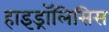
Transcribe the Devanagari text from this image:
हाइड्रॉलिसिस